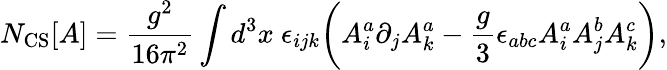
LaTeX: N_{\mathrm{CS}}[A]={\frac{g^{2}}{16\pi^{2}}}\int d^{3}x\ \epsilon_{ijk}\biggl(A_{i}^{a}\partial_{j}A_{k}^{a}-{\frac{g}{3}}\epsilon_{abc}A_{i}^{a}A_{j}^{b}A_{k}^{c}\biggr),